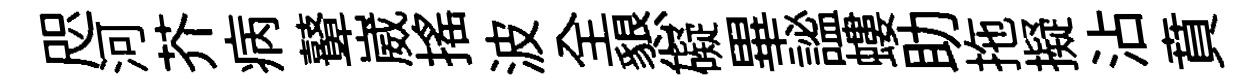
咫河芥病鼙崴揺波全懇礙畢謐螻助拖擬沾賁